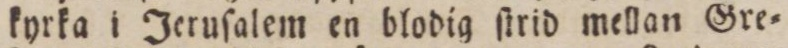
kyrka i Jeruſalem en blodig ſtrid mellan Gre=